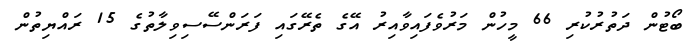
ބޯޓުން ދަތުރުކުރި 66 މީހުން މަރުވެފައިވާއިރު އޭގެ ތެރޭގައި ފަރަންސޭސިވިލާތުގެ 15 ރައްޔިތުން